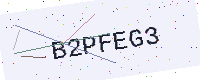
Text: B2PFEG3